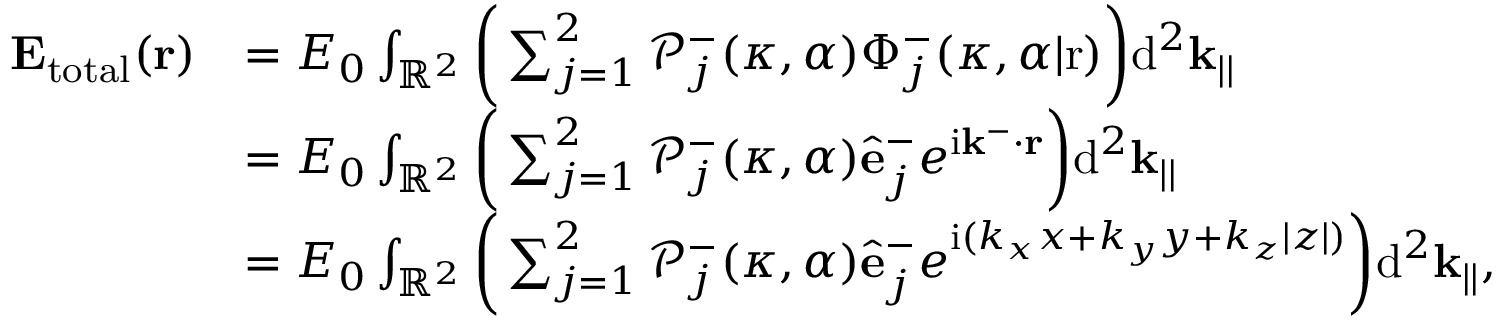
\begin{array} { r l } { \mathbf { E _ { \mathrm { t o t a l } } } ( \mathbf { r } ) } & { = E _ { 0 } \int _ { \mathbb { R } ^ { 2 } } \bigg ( \sum _ { j = 1 } ^ { 2 } \mathcal { P } _ { j } ^ { - } ( \kappa , \alpha ) \Phi _ { j } ^ { - } ( \kappa , \alpha | \mathrm { r } ) \bigg ) \mathrm { d } ^ { 2 } \mathbf { k } _ { | | } } \\ & { = E _ { 0 } \int _ { \mathbb { R } ^ { 2 } } \bigg ( \sum _ { j = 1 } ^ { 2 } \mathcal { P } _ { j } ^ { - } ( \kappa , \alpha ) \hat { \mathbf { e } } _ { j } ^ { - } e ^ { \mathrm { i } \mathbf { k } ^ { - } \cdot \mathbf { r } } \bigg ) \mathrm { d } ^ { 2 } \mathbf { k } _ { | | } } \\ & { = E _ { 0 } \int _ { \mathbb { R } ^ { 2 } } \bigg ( \sum _ { j = 1 } ^ { 2 } \mathcal { P } _ { j } ^ { - } ( \kappa , \alpha ) \hat { \mathbf { e } } _ { j } ^ { - } e ^ { \mathrm { i } ( k _ { x } x + k _ { y } y + k _ { z } | z | ) } \bigg ) \mathrm { d } ^ { 2 } \mathbf { k } _ { | | } , } \end{array}